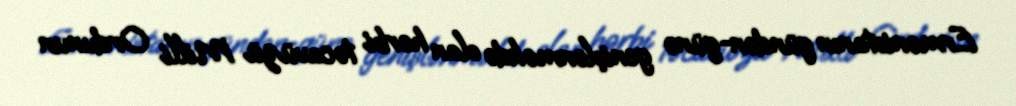
Ermənistanın gündən-günə genişlənməkdə olan hərbi təcavüzü Milli Ordunun